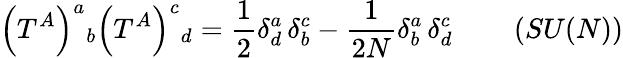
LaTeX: \left(T^{A}\right)^{a}{}_{b}\left(T^{A}\right)^{c}{}_{d}=\frac{1}{2}\delta_{d}^{a}\, \delta_{b}^{c}-\frac{1}{2N}\delta_{b}^{a}\, \delta_{d}^{c}\qquad\left(SU(N)\right)